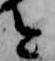
と